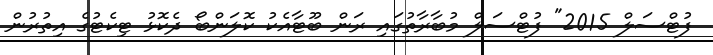
ފުޓްސަލް 2015" ފުޓްސަލް މުބާރާތުގައި ރަން ބޫޓާއެކު ކޮލަންބޯ ދެކޮޅު ޓިކެޓުގެ އިތުރުން